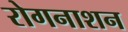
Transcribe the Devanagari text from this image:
रोगनाशन